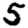
Digit: 5